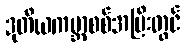
ဒုတိယကမ္ဘာစစ်အပြီးတွင်